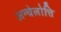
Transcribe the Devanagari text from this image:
अन्चेलोत्ति